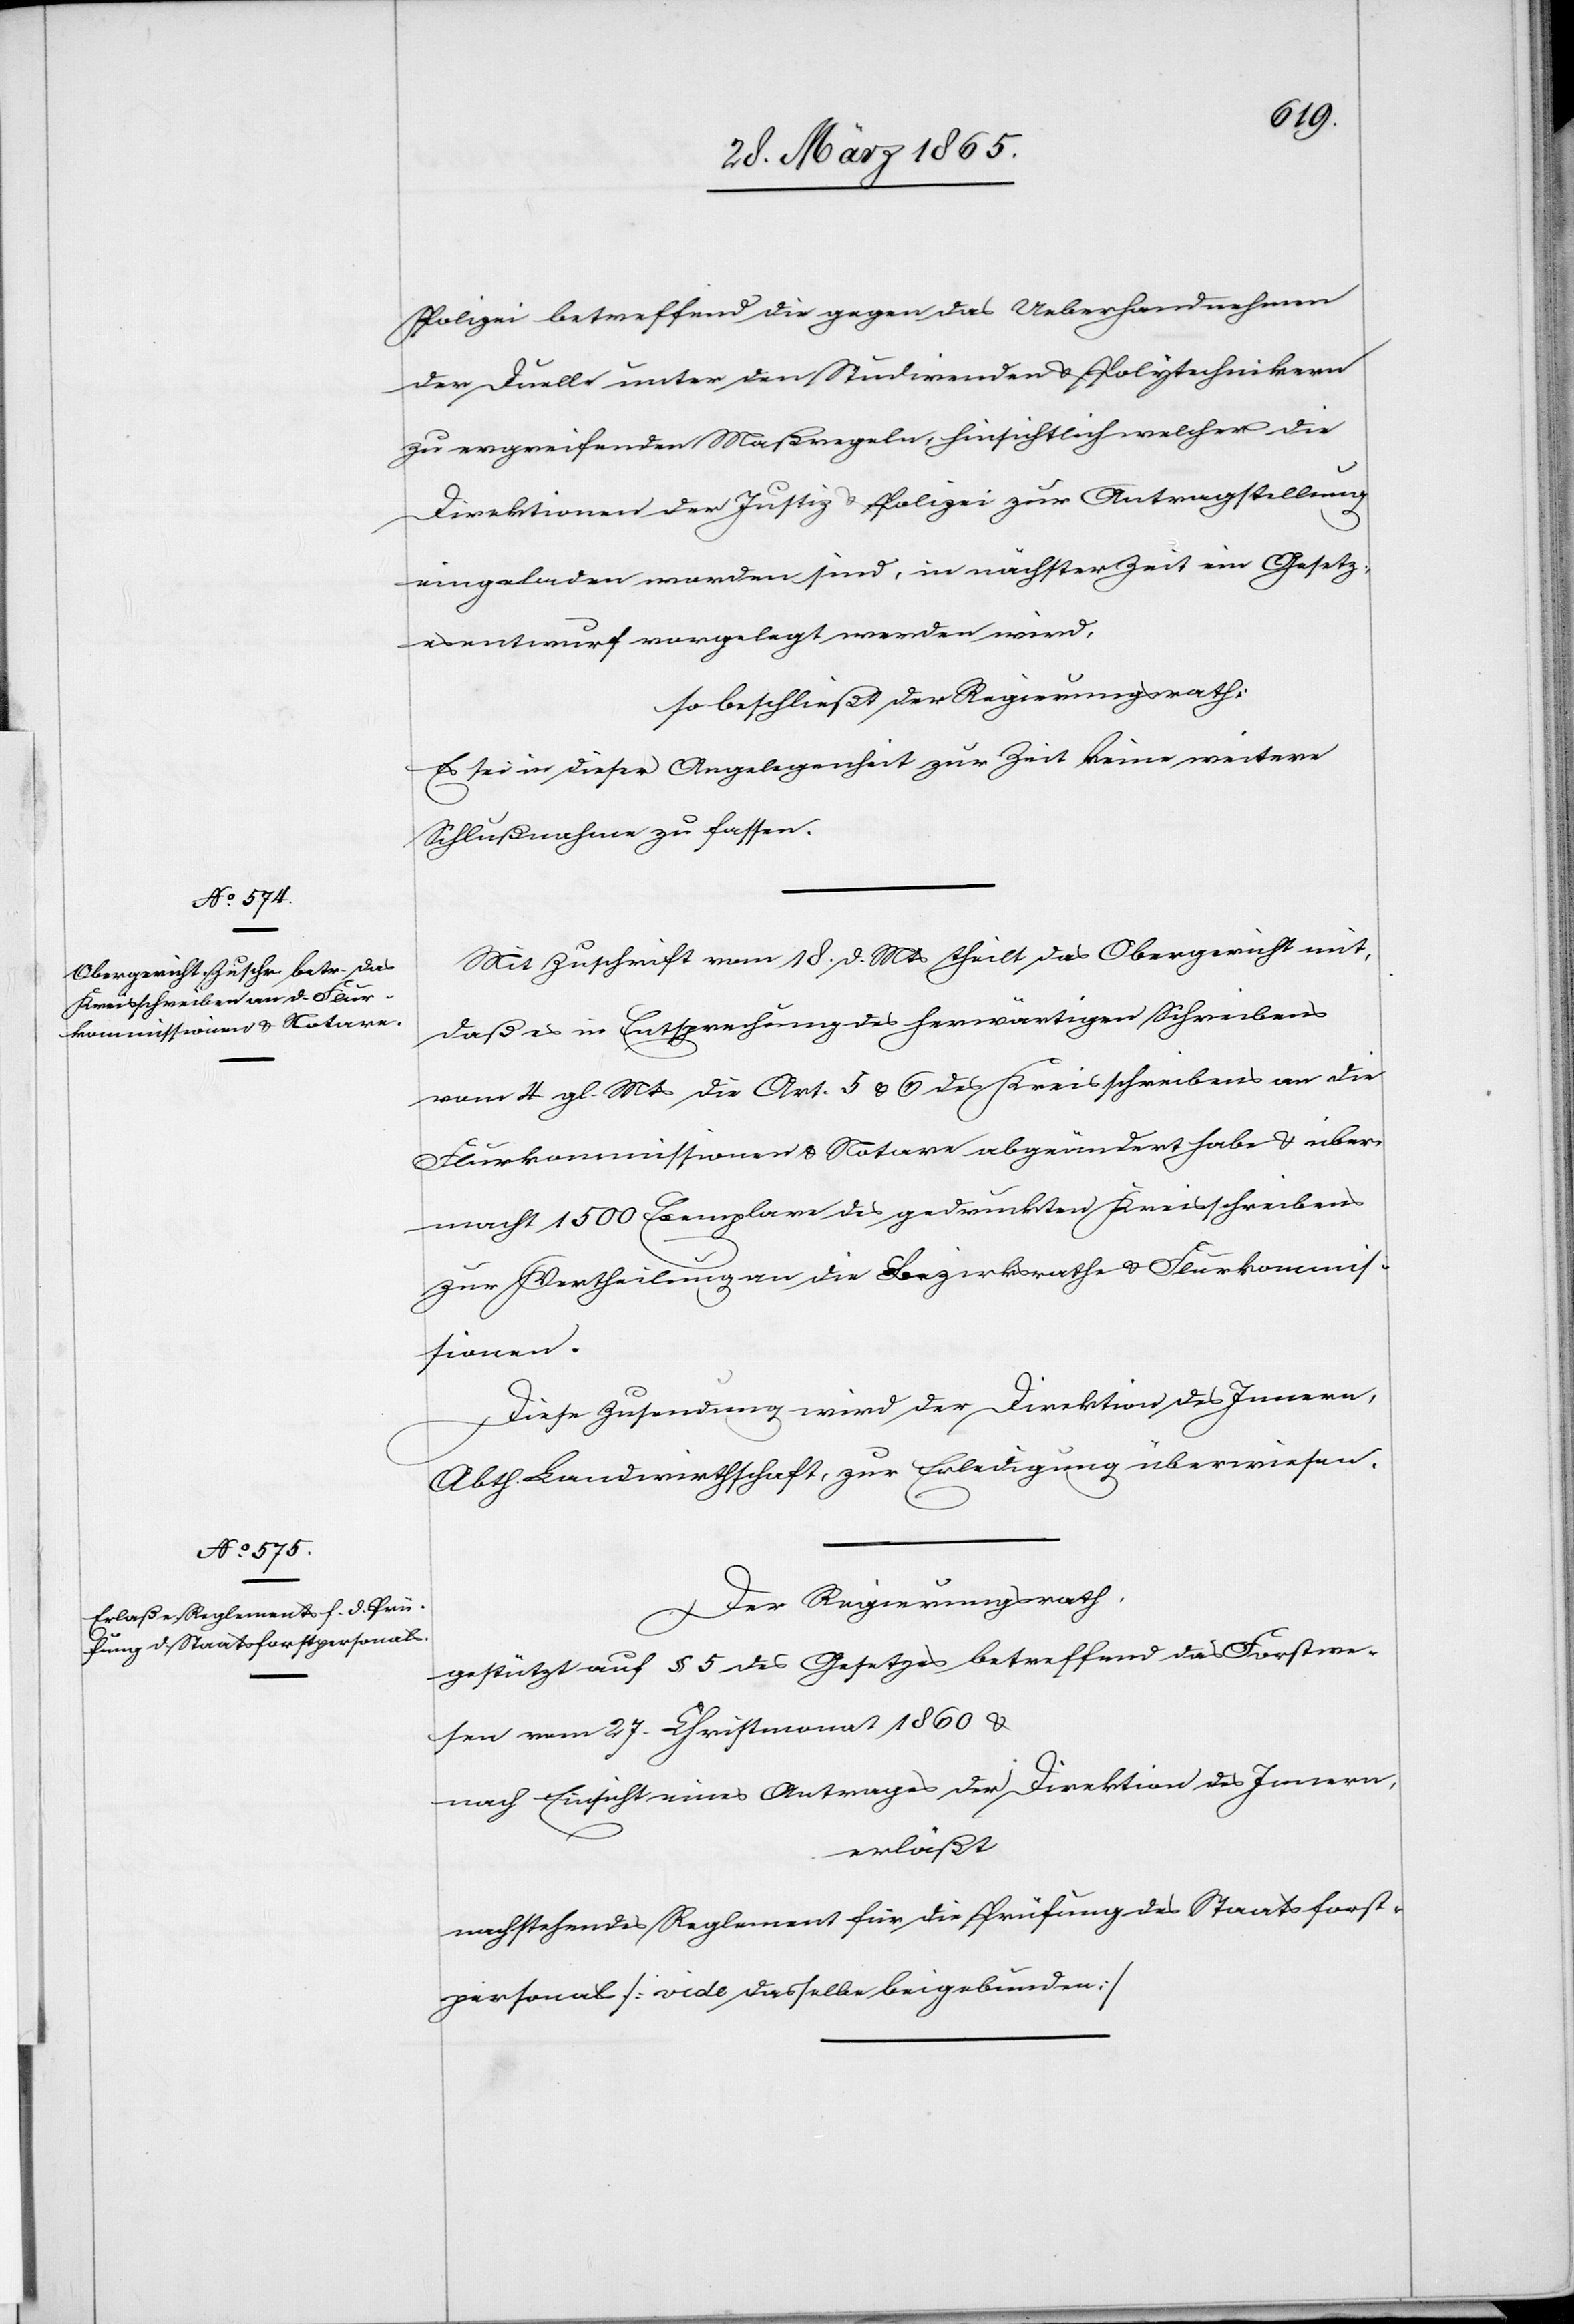
Polizei betreffend die gegen das Ueberhandnehmen
der Duelle unter den Studirenden & Polytechnikern
zu ergreifenden Maßregeln, hinsichtlich welcher die
Direktionen der Justiz & Polizei zur Antragstellung
eingeladen worden sind, in nächster Zeit ein Gesetz¬
esentwurf vorgelegt werden wird,
so beschließt der Regierungsrath:
Es sei in dieser Angelegenheit zur Zeit keine weitere
Schlußnahme zu fassen.
Mit Zuschrift vom 18. d. Mts theilt das Obergericht mit,
daß es in Entsprechung des herwärtigen Schreibens
vom 4 gl. Mts die Art. 5 & 6 des Kreisschreibens an die
Flurkommissionen & Notare abgeändert habe & über¬
macht 1500 Exemplare des gedruckten Kreisschreibens
zur Vertheilung an die Bezirksrathe & Flurkommis¬
sionen.
Diese Zusendung wird der Direktion des Innern,
Abth. Landwirthschaft, zur Erledigung überwiesen.
Der Regierungsrath,
gestützt auf § 5 des Gesetzes betreffend das Forstwe¬
sen vom 27. Christmonat 1860 &
nach Einsicht eines Antrages der Direktion des Innern,
erläßt
nachstehendes Reglement für die Prüfung des Staatsforst¬
personals [vide dasselbe beigebunden]